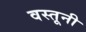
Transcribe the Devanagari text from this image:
वस्तूनी